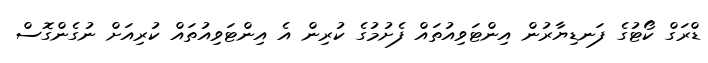
ޑްރަގް ކޯޓުގެ ފަނޑިޔާރުން އިންޓަވިއުތައް ފެށުމުގެ ކުރިން އެ އިންޓަވިއުތައް ކުރިއަށް ނުގެންގޮސް